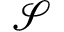
\mathcal S